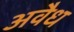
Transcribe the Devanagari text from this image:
अवैध